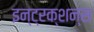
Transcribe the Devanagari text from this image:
इन्ट्रक्शन्स